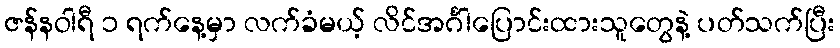
ဇန်နဝါရီ ၁ ရက်နေ့မှာ လက်ခံမယ့် လိင်အင်္ဂါပြောင်းထားသူတွေနဲ့ ပတ်သက်ပြီး